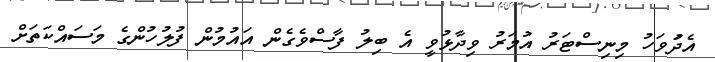
އެދަުވަހު މިނިސްޓަރު އުމަރު ވިދާޅުވީ އެ ބިލު ފާސްވެގެން އައުމުން ފުލުހުންގެ މަސައްކަތަށް